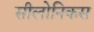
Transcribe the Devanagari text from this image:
सीलोनिकस